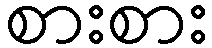
စားစား